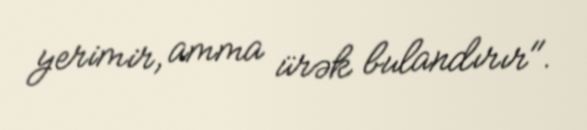
yerimir, amma ürək bulandırır".